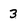
Character: 3